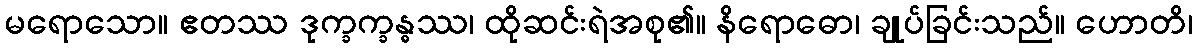
မရောသော။ ဧတဿ ဒုက္ခက္ခန္ဓဿ၊ ထိုဆင်းရဲအစု၏။ နိရောဓော၊ ချုပ်ခြင်းသည်။ ဟောတိ၊